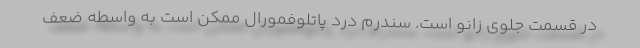
در قسمت جلوی زانو است. سندرم درد پاتلوفمورال ممکن است به واسطه ضعف